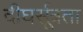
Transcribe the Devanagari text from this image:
दीघर्सूत्रता